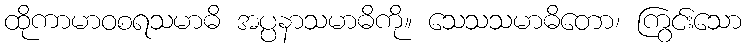
ထိုကာမာဝစရသမာဓိ အပ္ပနာသမာဓိကို။ သေသသမာဓိတော၊ ကြွင်းသော